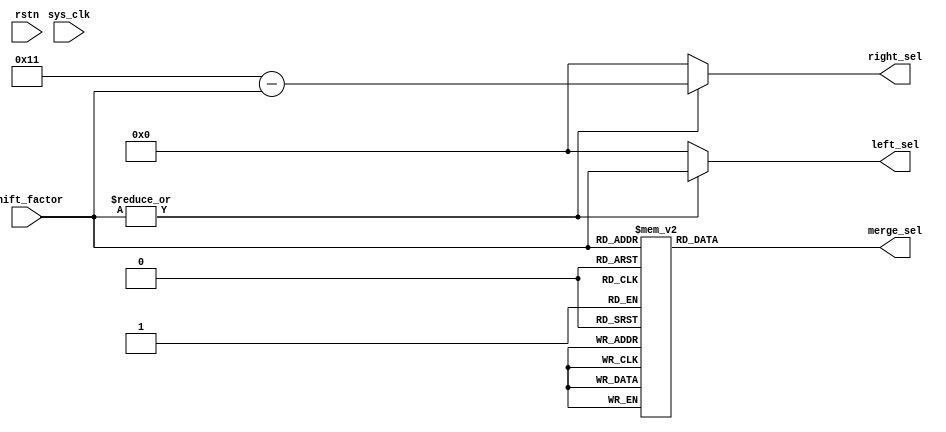
module qsn_controller_len17 #(
	parameter [$clog2(17)-1:0] PERMUTATION_LENGTH = 17
) (
	output wire [4:0] left_sel,
	output wire [4:0] right_sel,
	output wire [15:0] merge_sel,
	input wire [4:0] shift_factor,
	input wire rstn,
	input wire sys_clk
);

	wire shifter_nonzero;
	assign shifter_nonzero = (|shift_factor[4:0]);

	assign left_sel[4:0] = (shifter_nonzero == 1'b1) ? shift_factor[4:0] : 0;
	assign right_sel[4:0] = (shifter_nonzero == 1'b1) ? 17-shift_factor[4:0] : 0;
	assign merge_sel[15:0] = f(shift_factor[4:0]);
	function [15:0] f(input [4:0] shift_in);
		case(shift_in[4:0])
			1	:	 f[15:0] = 16'b1111111111111111;
			2	:	 f[15:0] = 16'b0111111111111111;
			3	:	 f[15:0] = 16'b0011111111111111;
			4	:	 f[15:0] = 16'b0001111111111111;
			5	:	 f[15:0] = 16'b0000111111111111;
			6	:	 f[15:0] = 16'b0000011111111111;
			7	:	 f[15:0] = 16'b0000001111111111;
			8	:	 f[15:0] = 16'b0000000111111111;
			9	:	 f[15:0] = 16'b0000000011111111;
			10	:	 f[15:0] = 16'b0000000001111111;
			11	:	 f[15:0] = 16'b0000000000111111;
			12	:	 f[15:0] = 16'b0000000000011111;
			13	:	 f[15:0] = 16'b0000000000001111;
			14	:	 f[15:0] = 16'b0000000000000111;
			15	:	 f[15:0] = 16'b0000000000000011;
			16	:	 f[15:0] = 16'b0000000000000001;
			default	:	f[15:0] = 0;
		endcase // shift_factor
	endfunction
endmodule